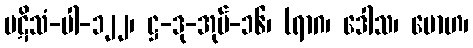
ပဋိသံ-ပါ-၁၂၂၊ ဋ္ဌ-ဒု-အုပ်-၁၆၊ (ရာဂ၊ ဒေါသ၊ မောဟ၊